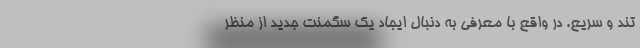
تند و سریع. در واقع با معرفی به دنبال ایجاد یک سگمنت جدید از منظر